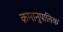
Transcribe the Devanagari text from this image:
क्रमानुपातिक